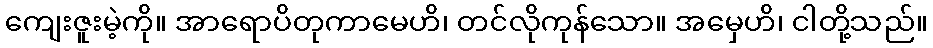
ကျေးဇူးမဲ့ကို။ အာရောပိတုကာမေဟိ၊ တင်လိုကုန်သော။ အမှေဟိ၊ ငါတို့သည်။